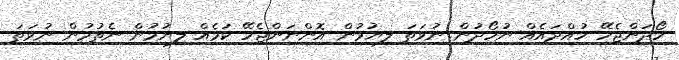
ހޯދަންޖެހޭ ހުއްދައެއް ނުހޯދުން ނުވަތަ ލިޔުމުން އޮންނަންޖެހޭ ކަމެއް ލިޔުމުން ނެތުމުން ނުވަތަ